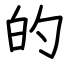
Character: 的